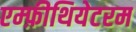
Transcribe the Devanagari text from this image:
एम्फ़ीथियेटरम